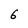
Character: 6